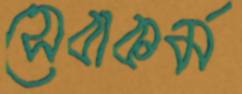
সেবাকর্ম